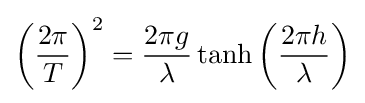
\left({\frac {2\pi }{T}}\right)^{2}={\frac {2\pi g}{\lambda }}\tanh \left({\frac {2\pi h}{\lambda }}\right)